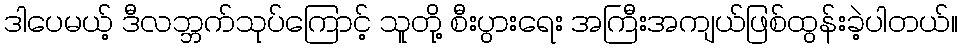
ဒါပေမယ့် ဒီလဘ္ဘက်သုပ်ကြောင့် သူတို့ စီးပွားရေး အကြီးအကျယ်ဖြစ်ထွန်းခဲ့ပါတယ်။